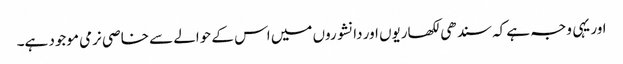
اور یہی وجہ ہے کہ سندھی لکھاریوں اور دانشوروں میں اس کے حوالے سے خاصی نرمی موجود ہے۔